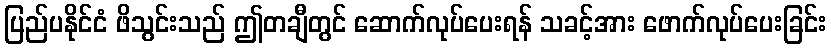
ပြည်ပနိုင်ငံ ဖိသွင်းသည် ဤတချီတွင် ဆောက်လုပ်ပေးရန် သခင့်အား ဖောက်လုပ်ပေးခြင်း